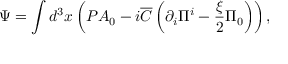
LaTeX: \Psi = \int { d ^ { 3 } x } \left( { { \cal P } A _ { 0 } - i { \overline { { C } } } \left( { \partial _ { i } \Pi ^ { i } - \frac { \xi } { 2 } \Pi _ { 0 } } \right) } \right) ,